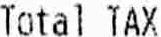
TOTAL TAX